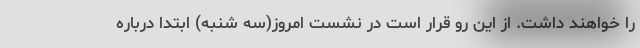
را خواهند داشت. از این رو قرار است در نشست امروز(سه شنبه) ابتدا درباره